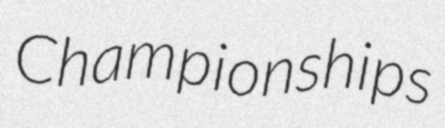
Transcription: Championships